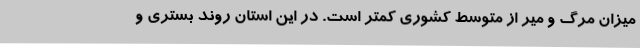
میزان مرگ و میر از متوسط کشوری کمتر است. در این استان روند بستری و